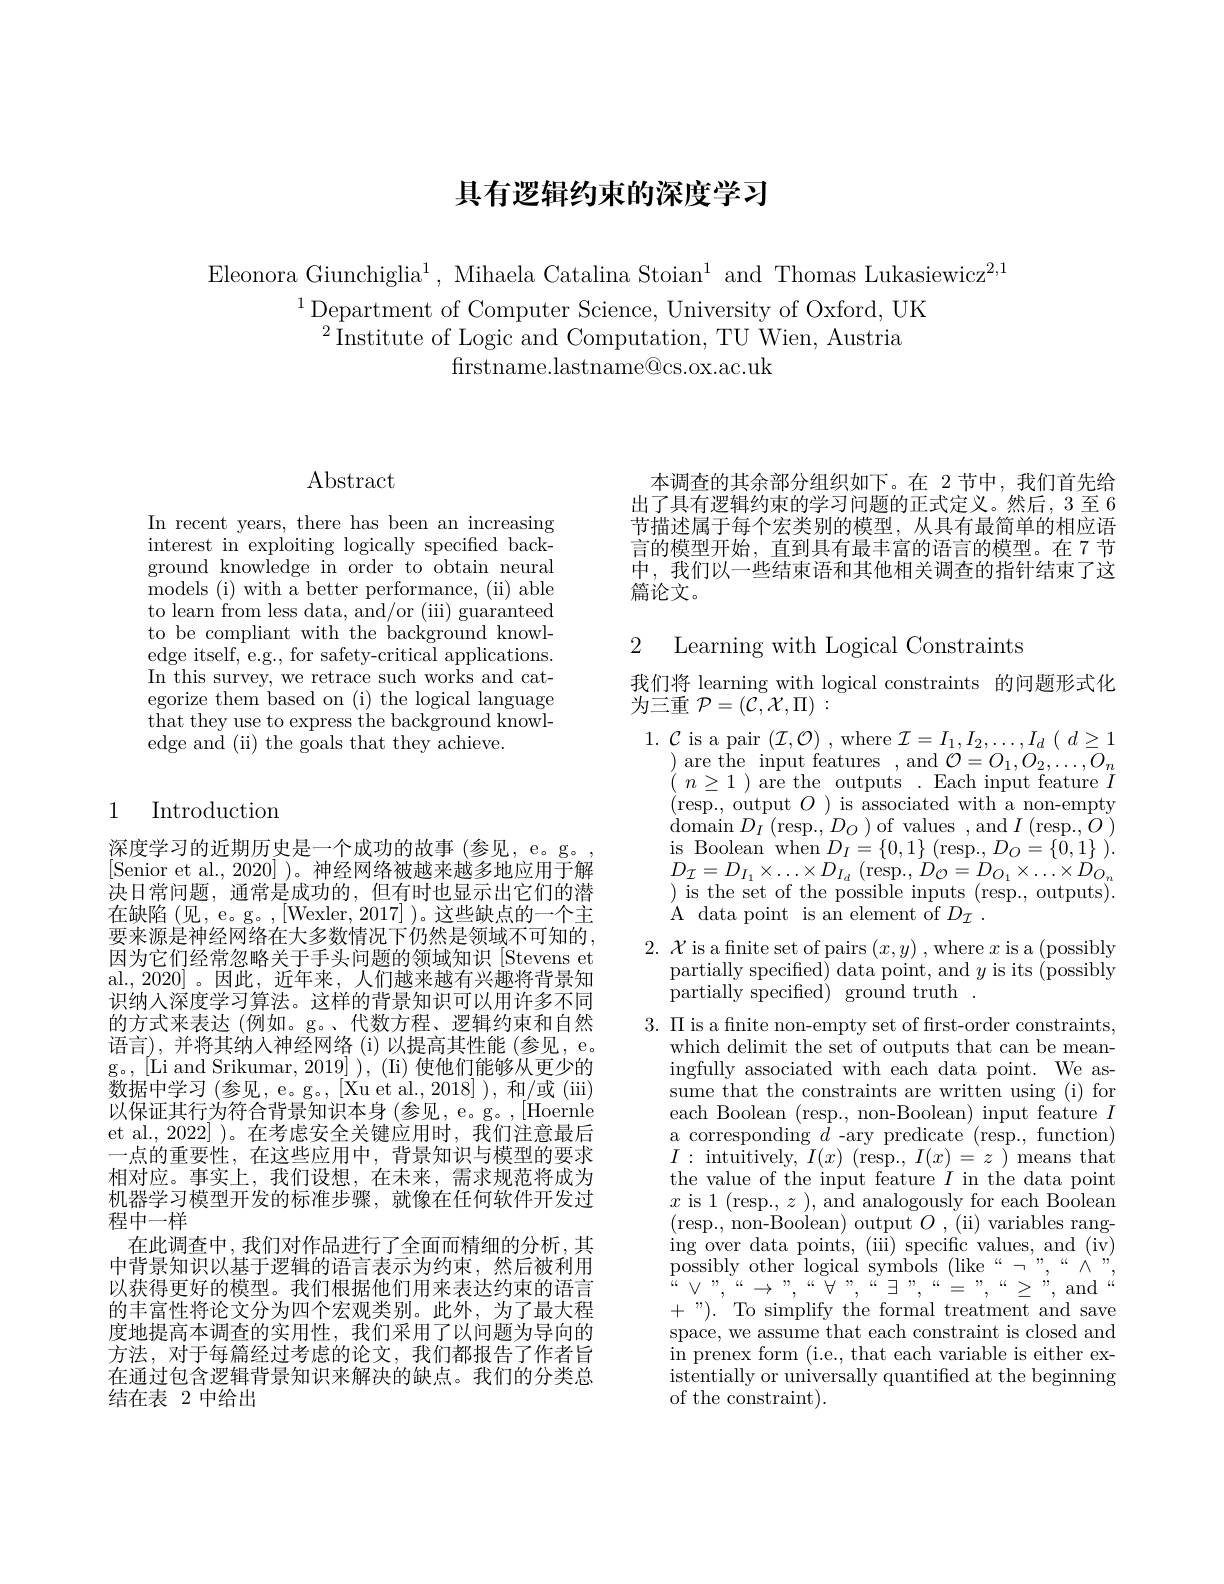
# 具有逻辑约束的深度学习

Eleonora Giunchiglia$^1$, Mihaela Catalina Stoian$^1$ and Thomas Lukasiewicz$^2,1$
$^{1}$Department of Computer Science, University of Oxford, UK
$^{2}{\overset{.}{\operatorname*{\operatorname*{Institute~of~Logic~and~Computation,~TU~Wien,~Austria}}}}$
firstname. lastname@ cs. ox. ac. uk

# $\operatorname{Abstract}$

In recent years, there has been an increasing interest in exploiting logically specified background knowledge in order to obtain neural models (i) with a better performance, (ii) able to learn from less data, and/or (iii) guaranteed to be compliant with the background knowledge itself, e.g., for safety-critical applications. In this survey, we retrace such works and categorize them based on (i) the logical language that they use to express the background knowledge and (ii) the goals that they achieve.

## 1 Introduction

深度学习的近期历史是一个成功的故事(参见，e。g。, [Senior et al., 2020] )。神经网络被越来越多地应用于解决日常问题，通常是成功的，但有时也显示出它们的潜在缺陷 (见，e。g。,[Wexler, 2017] )。这些缺点的一个主要来源是神经网络在大多数情况下仍然是领域不可知的， 因为它们经常忽略关于手头问题的领域知识[Stevens et al.,2020]。因此，近年来，人们越来越有兴趣将背景知识纳人深度学习算法。这样的背景知识可以用许多不同的方式来表达 (例如。g。、代数方程、逻辑约束和自然语言), 并将其纳人神经网络 (i) 以提高其性能 (参见，e. g。,[Li and Srikumar, 2019] ), (Ii) 使他们能够从更少的数据中学习(参见，e。g。,[Xu et al.,2018] ), 和/或 (iii) 以保证其行为符合背景知识本身(参见，e。g。,[Hoernle et al.,2022] )。在考虑安全关键应用时，我们注意最后一点的重要性，在这些应用中，背景知识与模型的要求相对应。事实上，我们设想，在未来，需求规范将成为机器学习模型开发的标准步骤，就像在任何软件开发过程中一样
在此调查中，我们对作品进行了全面而精细的分析，其中背景知识以基于逻辑的语言表示为约束，然后被利用以获得更好的模型。我们根据他们用来表达约束的语言的丰富性将论文分为四个宏观类别。此外，为了最大程度地提高本调查的实用性，我们采用了以问题为导向的方法，对于每篇经过考虑的论文，我们都报告了作者旨在通过包含逻辑背景知识来解决的缺点。我们的分类总结在表 2 中给出

本调查的其余部分组织如下。在 2节中，我们首先给出了具有逻辑约束的学习问题的正式定义。然后，3 至 6节描述属于每个宏类别的模型，从具有最简单的相应语言的模型开始，直到具有最丰富的语言的模型。在 7 节中，我们以一些结束语和其他相关调查的指针结束了这篇论文。

2 Learning with Logical Constraints

我们将 learning with logical constraints 的问题形式化
为三重$\mathcal{P}=(\bar{\mathcal{C}},\mathcal{X},\Pi):$

$1.{\mathcal{C}}$ is a pair $(\mathcal{I},\mathcal{O})$ , where $\mathcal{I} = I_1, I_2, \ldots , I_d$ ( $d\geq 1$
$\begin{array}{l}{)\mathrm{~are~the~input~features~,~and~}\mathcal{O}=O_{1},O_{2},\ldots,O_{n}}\\{(\begin{array}{ll}{n\geq1~)\mathrm{~are~the~outputs~.~Each~input~feature~}I}\end{array}}\\\end{array}$ (resp., output $O$ )is associated with a non-empty $\operatorname*{domain}D_{I}\left(\mathrm{resp.,~}D_{O}\right)$of values ,and$I\left(\mathrm{resp.,~}O\right)$ $\begin{array}{c}{\mathrm{is~Boolean~when~}D_{I}=\{0,1\}}&{\mathrm{(resp.,~}D_{O}=\{\tilde{0},1\}}&{\mathrm{)}}\\{\mathrm{P}}&{\mathrm{D}}&{\mathrm{D}}\end{array}$ $D_{\mathcal{I} }= D_{I_{1}}\times \ldots \times D_{I_{d}}$ (resp., $D_{\mathcal{O} }= D_{O_{1}}\times \ldots \times D_{O_{n}}$ $){\mathrm{~is~the~set~of~the~possible~inputs~(resp.,~outputs)}}.$ A$\mathrm{~data~point~is~an~element~of~}D_{\mathcal{I} }.$

$2.~\mathcal{X}$ is a fnite set of pairs $(x,y)~,~$where $x$ is a (possibly
partially specified) data point, and $y$ is its (possibly
partially specified) ground truth .

$3.\Pi$ is a finite non-empty set of frst-order constraints,
which delimit the set of outputs that can be meaningfully associated with each data point. We assume that the constraints are written using (i) for each Boolean (resp., non-Boolean) input feature $I$ a corresponding $d$ -ary predicate (resp., function) $I:$intuitively,$I(x)$(resp.,$I(x)=z)$means that the value of the input feature $I$ in the data point $x$ is 1 (resp., $z$ ), and analogously for each Boolean (resp., non-Boolean) output $O,($ii) variables ranging over data points, (iii) specific values, and (iv) $\begin{array}{cccc}{\mathrm{possibly~other~logical~symbols~(like~“}}\end{array}$
$\forall$
${\mathrm{and}}^{\omega}$
$V,$,
$\rightarrow$
$\exists$ ,, , $\in \mathbb{R}$
$\geq$
$+{\mathrm{~").~To~simplify~the~formal~treatment~and~save}}$ space, we assume that each constraint is closed and in prenex form (i.e., that each variable is either existentially or universally quantified at the beginning of the constraint).